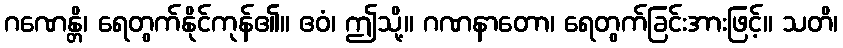
ဂဏေန္တိ၊ ရေတွက်နိုင်ကုန်၏။ ဧဝံ၊ ဤသို့။ ဂဏနာတော၊ ရေတွက်ခြင်းအားဖြင့်။ သတိ၊